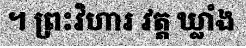
។ ព្រះវិហារ វត្ត ឃ្លាំង